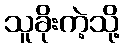
သူခိုးကဲ့သို့